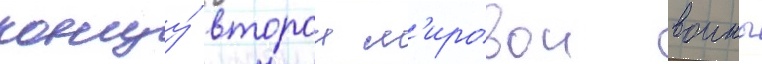
концу́ второи м'ировои воины